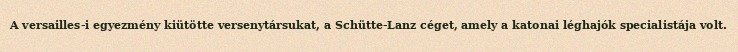
A versailles-i egyezmény kiütötte versenytársukat, a Schütte-Lanz céget, amely a katonai léghajók specialistája volt.